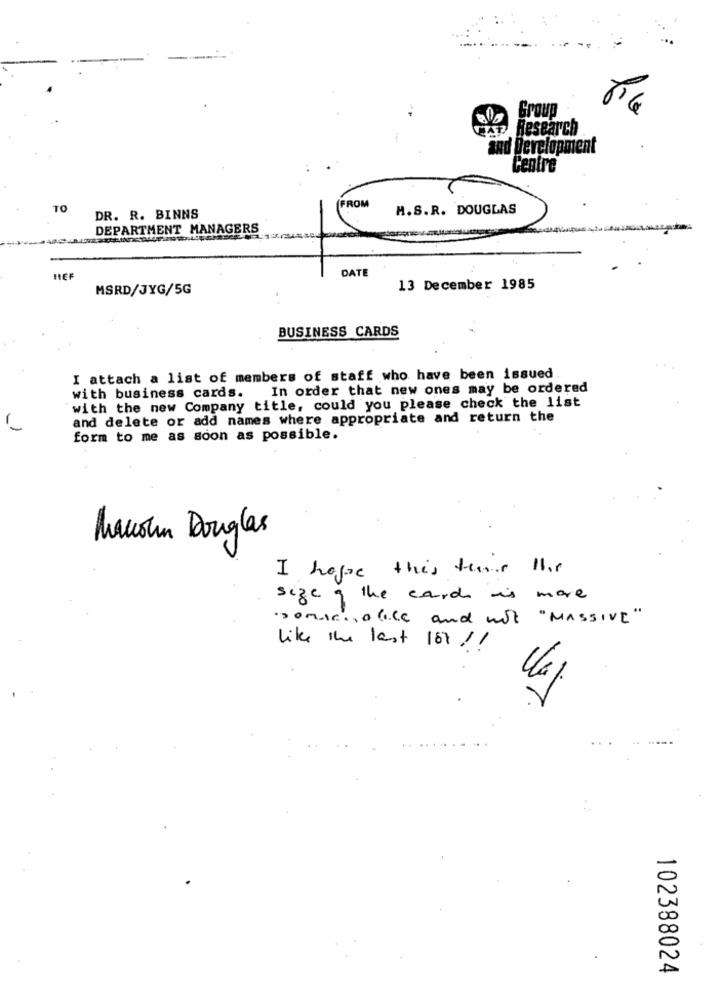
Group
Research
and Development
Centre
FROM
TO
H.S.R. DOUGLAS
DR. R. BINNS
DEPARTMENT MANAGERS
DATE
HEF
MSRD/JYG/5G
13 December 1985
BUSINESS CARDS
I attach a list of members of staff who have been issued
with business cards. In order that new ones may be ordered
with the new Company title, could you please check the list
and delete or add names where appropriate and return the
form to me as soon as possible.
Manohn Douglas
I hope this thor this
size of the card is more
somich, alice and wit "MASSIVE"
like the last 18% !!
102388024